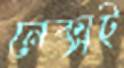
নেক্সট্